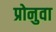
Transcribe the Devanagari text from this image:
प्रोनुवा